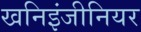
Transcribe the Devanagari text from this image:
खनिइंजीनियर